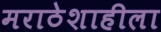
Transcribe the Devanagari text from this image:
मराठेशाहीला